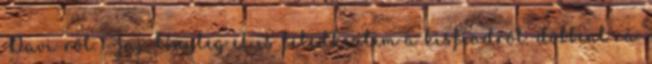
Davi-ról. -Jaj, tényleg el is feledkeztem a kisfiadról.-döbbent rá.